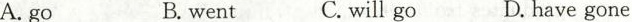
A.go B.went C.will go D. have gone